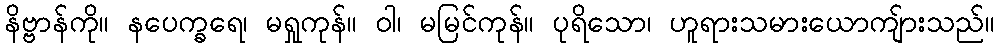
နိဗ္ဗာန်ကို။ နပေက္ခရေ၊ မရှုကုန်။ ဝါ၊ မမြင်ကုန်။ ပုရိသော၊ ဟူရားသမားယောကျ်ားသည်။